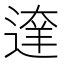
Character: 𨔶